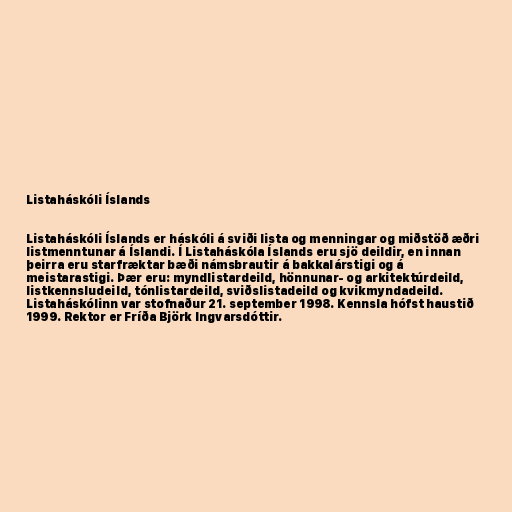
Listaháskóli Íslands

Listaháskóli Íslands er háskóli á sviði lista og menningar og miðstöð æðri
listmenntunar á Íslandi. Í Listaháskóla Íslands eru sjö deildir, en innan
þeirra eru starfræktar bæði námsbrautir á bakkalárstigi og á
meistarastigi. Þær eru: myndlistardeild, hönnunar- og arkitektúrdeild,
listkennsludeild, tónlistardeild, sviðslistadeild og kvikmyndadeild.
Listaháskólinn var stofnaður 21. september 1998. Kennsla hófst haustið
1999. Rektor er Fríða Björk Ingvarsdóttir.